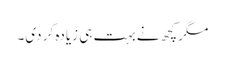
مگر کچھ نے بہت ہی زیادہ کر دی۔